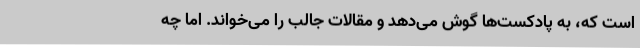
است که، به پادکست‌ها گوش می‌دهد و مقالات جالب را می‌خواند. اما چه